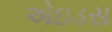
એઇડસ